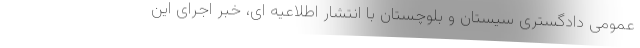
عمومی دادگستری سیستان و بلوچستان با انتشار اطلاعیه ای، خبر اجرای این